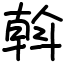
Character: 斡